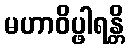
မဟာဝိပ္ဖါရန္တိ